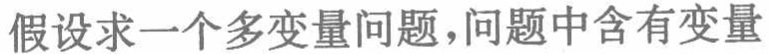
假设求一个多变量问题,问题中含有变量